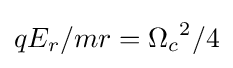
qE_{r}/{mr}={\Omega _{c}}^{2}/4